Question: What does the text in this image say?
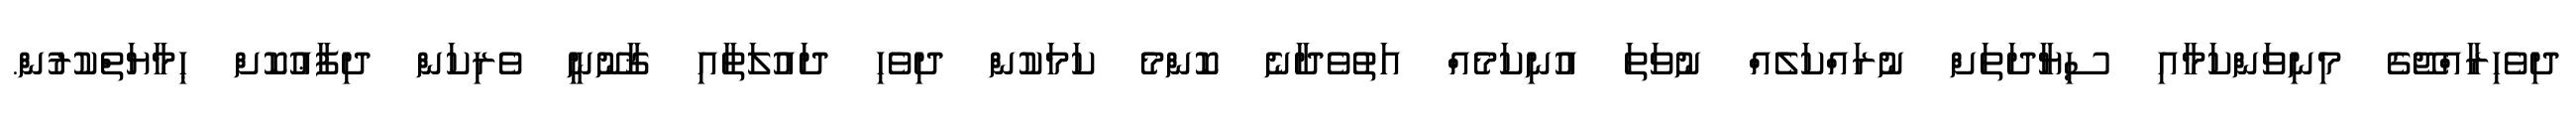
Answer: ދިވެހިރާއްޖޭގެ މިނިވަންކަމާއި ސިޔާދަތަށް ނުރައްކަލެއް ނުވަތަ އުނިކަމެއް އަތުވެދާނެ ކޮންމެ ކަމަކުން ދިވެހި ދައުލަތާއި ޤާނޫނީ ވެރިކަން ދިފާޢުކޮށް ޙިމާޔަތްކުރުން.